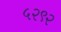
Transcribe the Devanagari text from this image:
५२९२